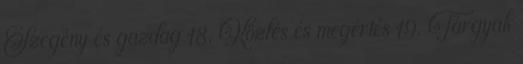
Szegény és gazdag 18. Közlés és megértés 19. Tárgyak